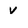
Character: V